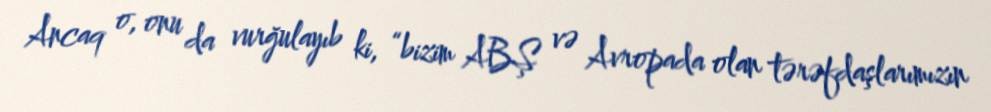
Ancaq o, onu da vurğulayıb ki, “bizim ABŞ və Avropada olan tərəfdaşlarımızın